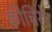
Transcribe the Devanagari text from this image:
कीचिरो